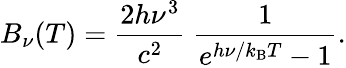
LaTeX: B_{\nu}(T)={\frac{2h\nu^{3}}{c^{2}}}~{\frac{1}{e^{h\nu/k_{\mathrm{B}}T}-1}}.